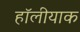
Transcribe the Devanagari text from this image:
हॉलीयाक